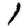
Digit: 1